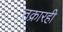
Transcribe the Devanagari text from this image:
तक्रारही